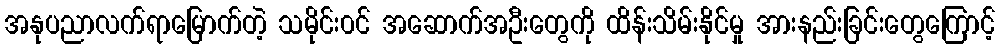
အနုပညာလက်ရာမြောက်တဲ့ သမိုင်း၀င် အဆောက်အဦးတွေကို ထိန်းသိမ်းနိုင်မှု အားနည်းခြင်းတွေကြောင့်